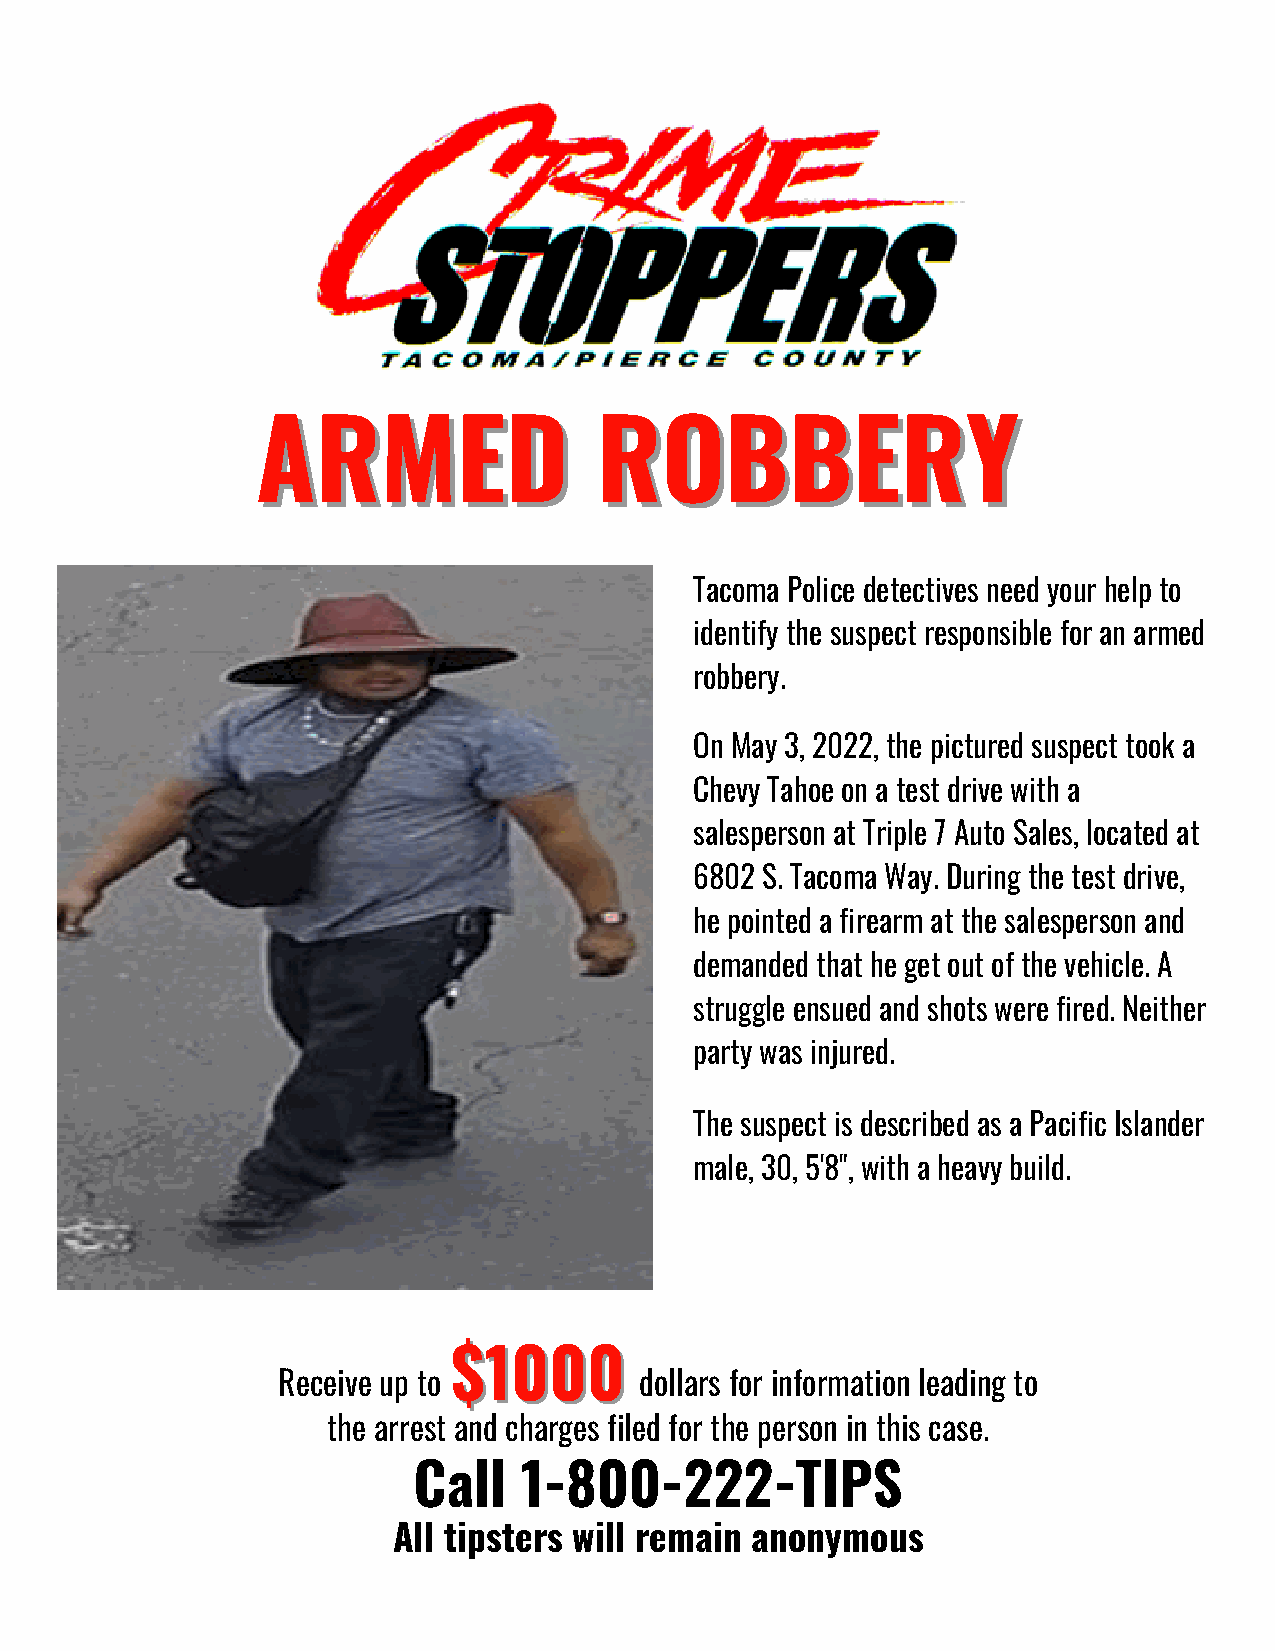
AARRMMEEDD            RROOBBBBEERRYY
 Tacoma Police detectives need your help to
 identify the suspect responsible for an armed
 robbery.
 On May 3, 2022, the pictured suspect took a
 Chevy Tahoe on a test drive with a
 salesperson at Triple 7 Auto Sales, located at
 6802 S. Tacoma Way. During the test drive,
 he pointed a firearm at the salesperson and
 demanded that he get out of the vehicle. A
 struggle ensued and shots were fired. Neither
 party was injured.
 The suspect is described as a Pacific Islander
 male, 30, 5'8", with a heavy build.
 $$11000000
 Receive up to           dollars for information leading to
 the arrest and charges filed for the person in this case.
 Call   1-800-222-TIPS
 All tipsters will remain anonymous